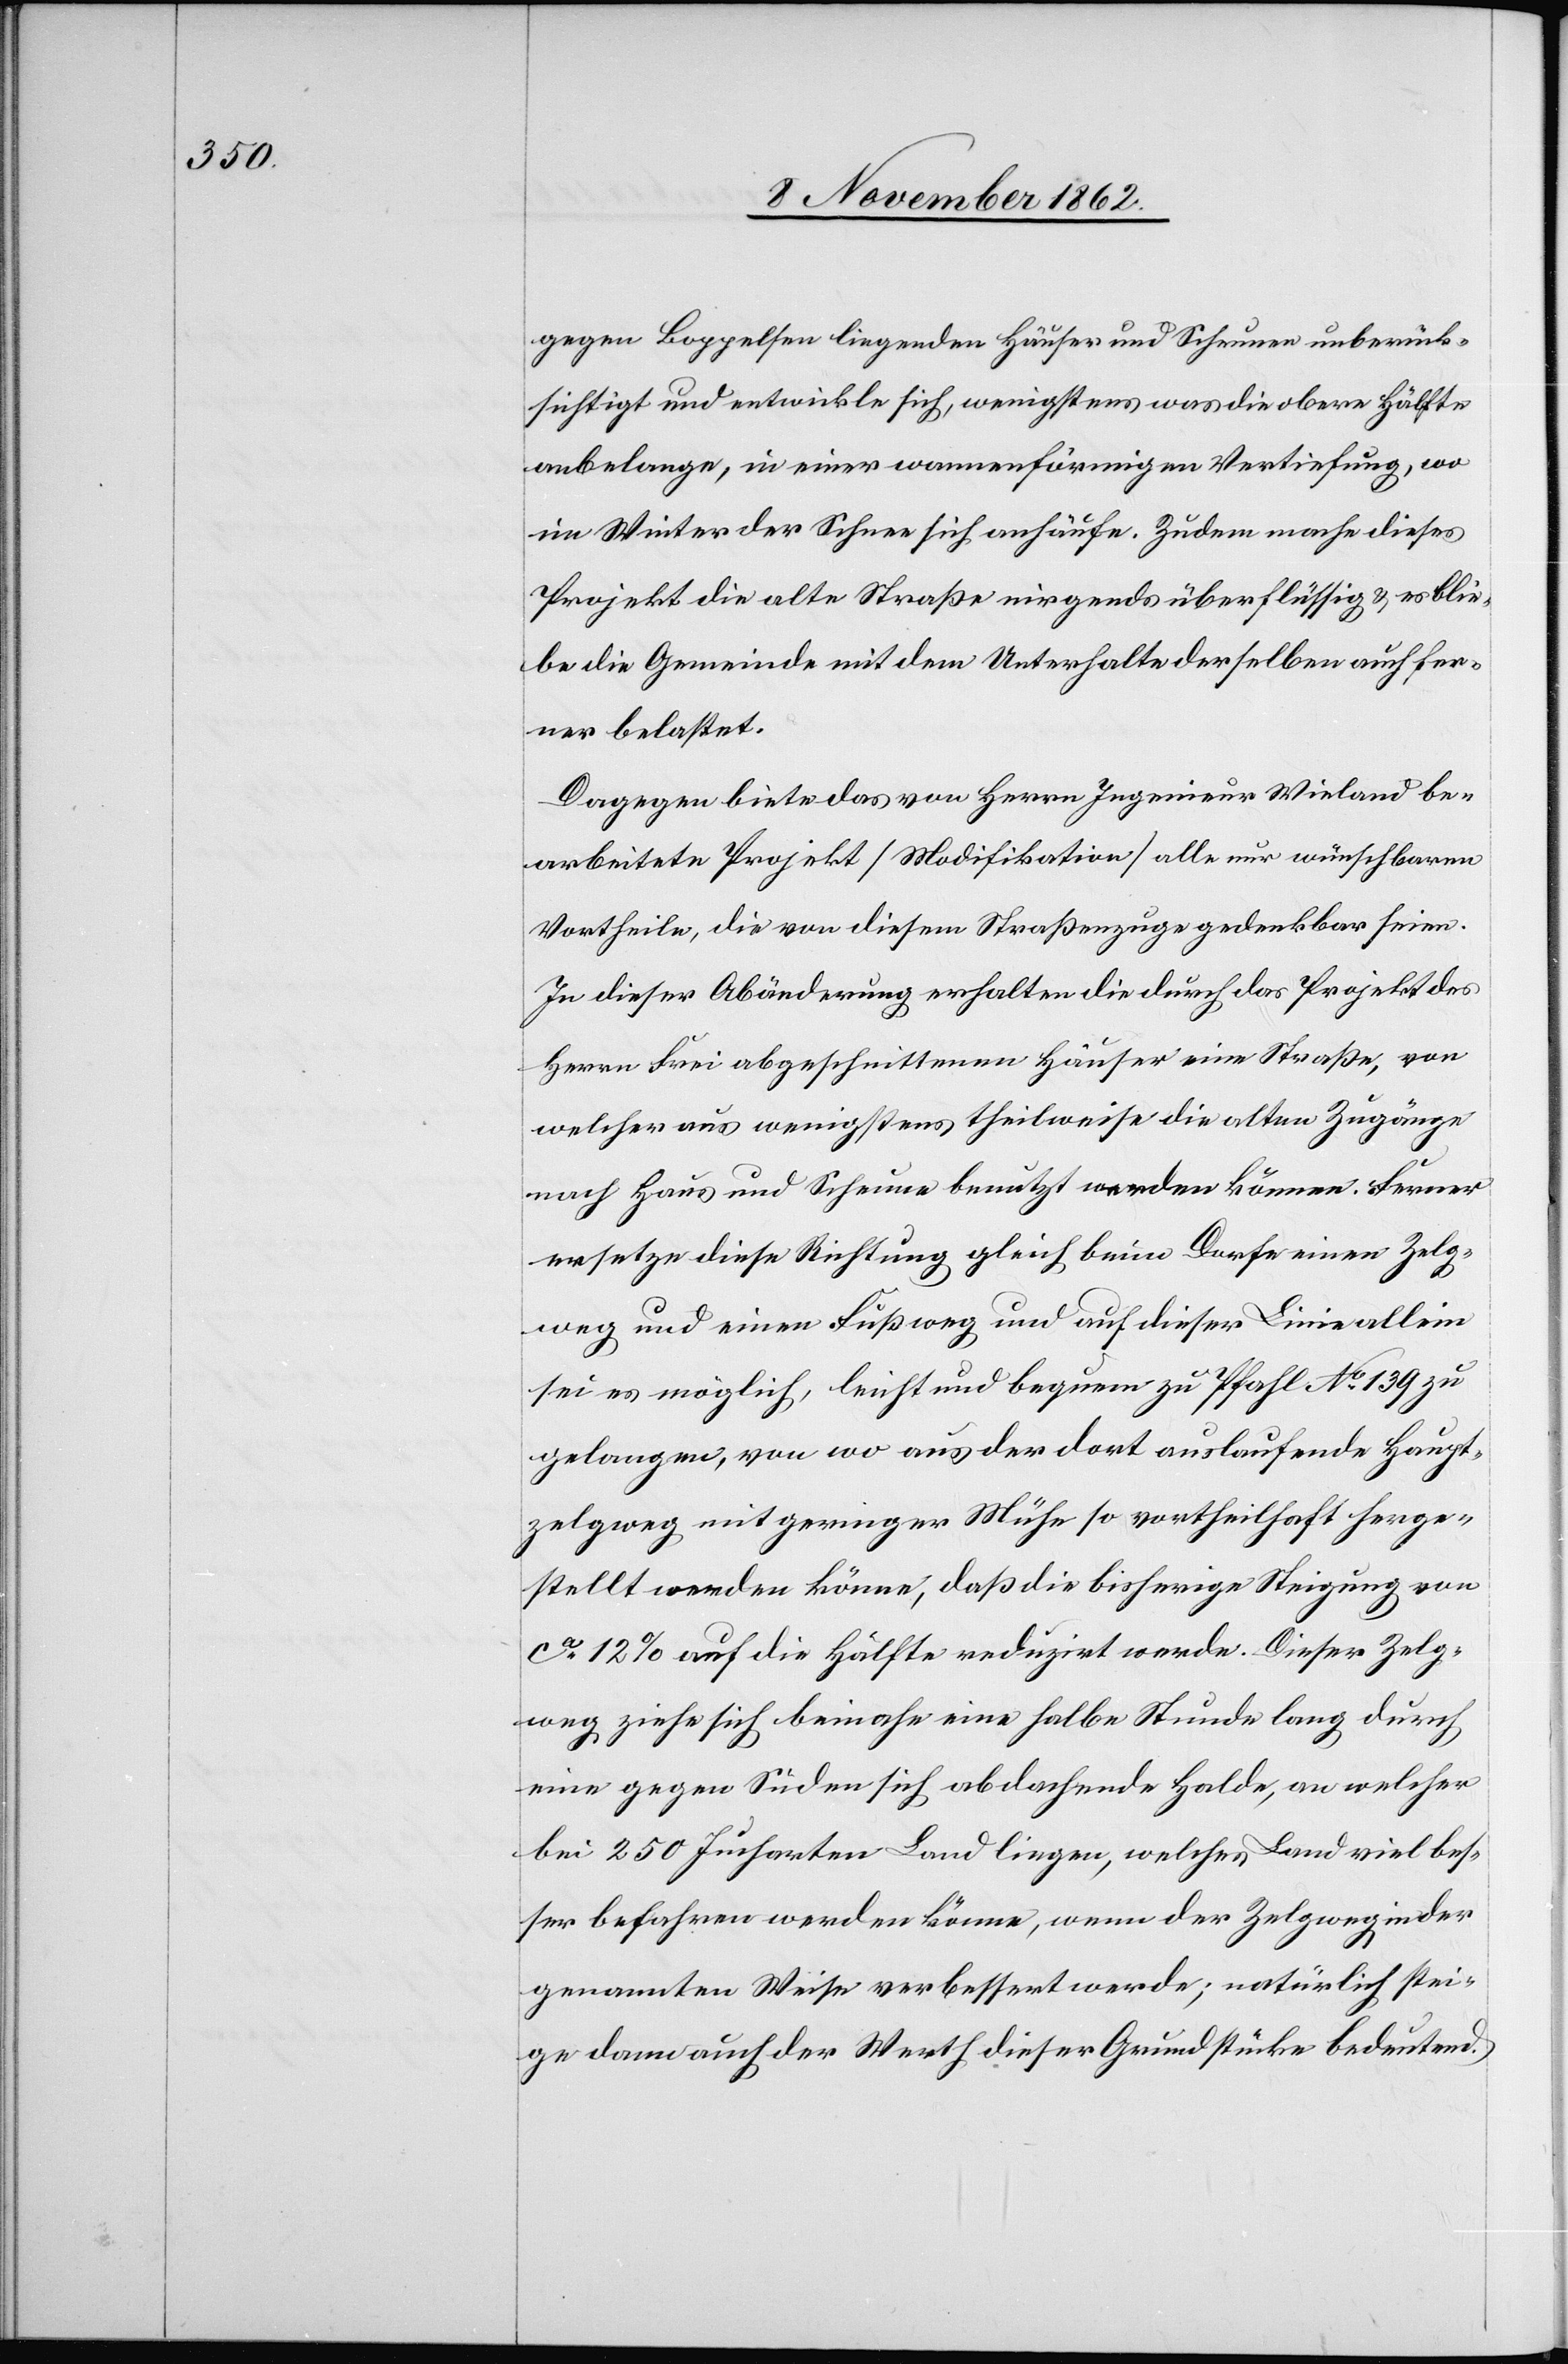
gegen Boppelsen liegenden Häuser und Scheunen unberück¬
sichtigt und entwickle sich, wenigstens was die obere Hälfte
anbelange, in einer wannenförmigen Vertiefung, wo
im Winter der Schnee sich anhäufe. Zudem mache dieses
Projekt die alte Straße nirgends überflüssig u. es blie¬
be die Gemeinde mit dem Unterhalte derselben auch fer¬
ner belastet.
Dagegen biete das von Herrn Ingenieur Wieland be¬
arbeitete Projekt [Modifikationen] alle nur wünschbaren
Vortheile, die von diesem Straßenzuge gedenkbar seien.
In dieser Abänderung erhalten die durch das Projekt des
Herrn Frei abgeschnittenen Häuser eine Straße, von
welcher aus wenigstens theilweise die alten Zugänge
nach Haus und Scheune benutzt werden können. Ferner
ersetze diese Richtung gleich beim Dorfe einen Zelg¬
weg und einen Fußweg und auf dieser Linie allein
sei es möglich, leicht und bequem zu Pfahl No 139 zu
gelangen, von wo aus der dort auslaufende Haupt¬
zelgweg mit geringer Mühe so vortheilhaft herge¬
stellt werden könne, daß die bisherige Steigung vor
ca 12% auf die Hälfte reduzirt werde. Dieser Zelg¬
weg ziehe sich beinahe eine halbe Stunde lang durch
eine gegen Süden sich abdachende Halde, an welcher
bei 250 Jucharten Land liegen, welches Land viel bes¬
ser befahren werden könne, wenn der Zelgweg in der
genannten Weise verbessert werde; natürlich stei¬
ge dann auch der Werth dieser Grundstücke bedeutend.